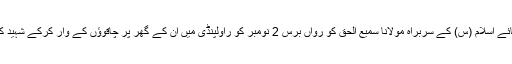
جمیعت علمائے اسلام (س) کے سربراہ مولانا سمیع الحق کو رواں برس 2 نومبر کو راولپنڈی میں ان کے گھر پر چاقوؤں کے وار کرکے شہید کردیا گیا تھا۔